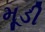
મૂડી